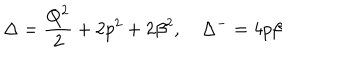
\Delta = \frac { Q ^ { 2 } } { 2 } + 2 p ^ { 2 } + 2 \beta ^ { 2 } , \quad \Delta ^ { - } = 4 p \beta